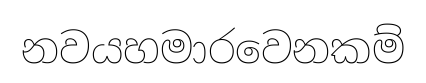
නවයහමාරවෙනකම්